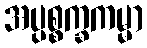
အပ္ပစ္စက္ခကမ္မာ